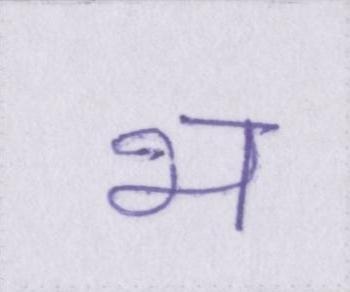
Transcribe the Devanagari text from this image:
भ